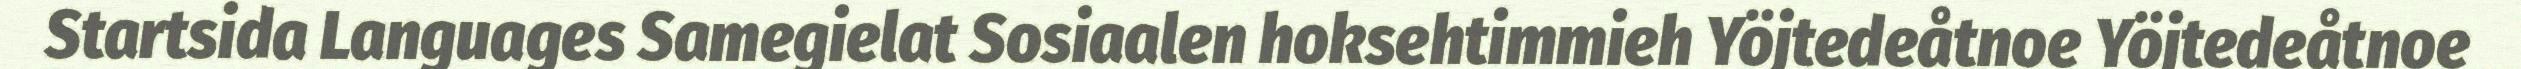
Startsida Languages Samegielat Sosiaalen hoksehtimmieh Yöjtedeåtnoe Yöjtedeåtnoe